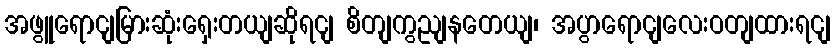
အဖွူရောငျမြားဆုံးရှေးတယျဆိုရငျ စိတျကွညျနတေယျ၊ အပွာရောငျလေးဝတျထားရငျ